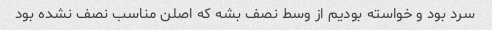
سرد بود و خواسته بودیم از وسط نصف بشه که اصلن مناسب نصف نشده بود